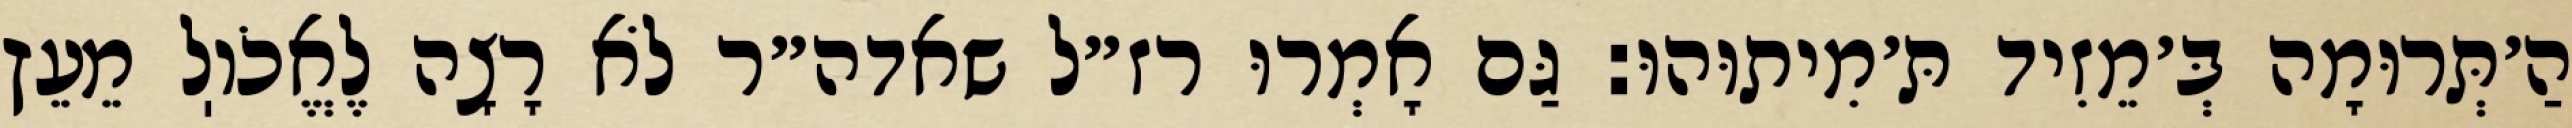
הַ׳תְּרוּמָה בְּ׳מֵזִיד תּ׳מִיתוּהוּ: גַּם אָמְרוּ רז״ל שאדה״ר לֹא רָצָה לֶאֱכֹוֽל מֵעֵץ